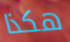
هكذا